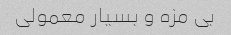
بی مزه و بسیار معمولی